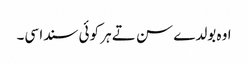
اوہ بولدے سن تے ہر کوئی سندا سی۔